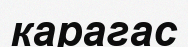
карагас